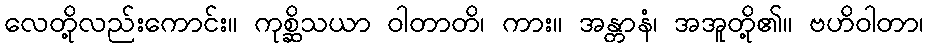
လေတို့လည်းကောင်း။ ကုစ္ဆိသယာ ဝါတာတိ၊ ကား။ အန္တာနံ၊ အအူတို့၏။ ဗဟိဝါတာ၊